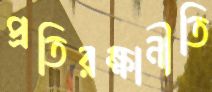
প্রতিরক্ষানীতি